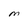
Character: M